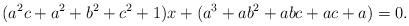
LaTeX: \begin{align*}(a^{2}c+a^{2}+b^{2}+c^{2}+1)x +(a^{3}+ab^{2}+abc+ac+a) =0.\end{align*}